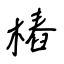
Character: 樁